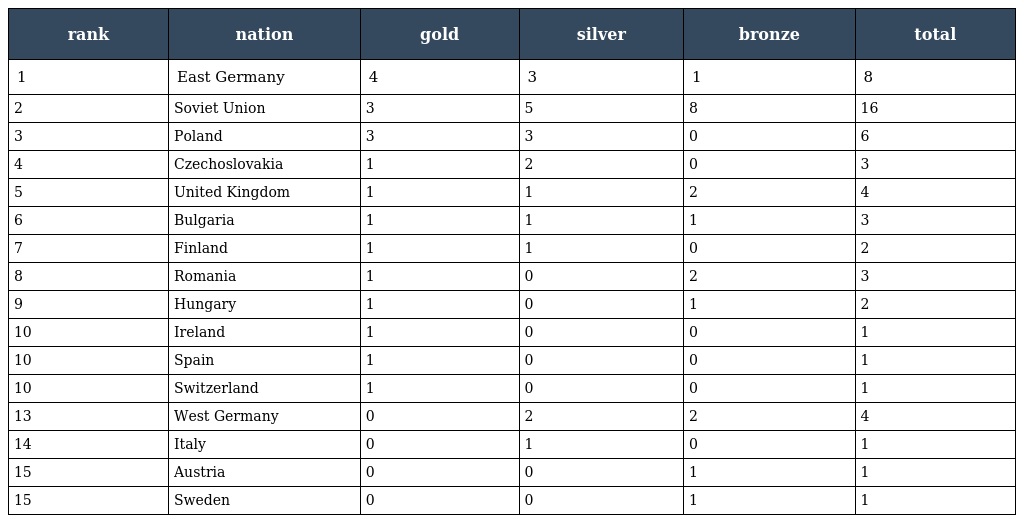
| rank | nation | gold | silver | bronze | total |
 | --- | --- | --- | --- | --- | --- |
 | 1 | East Germany | 4 | 3 | 1 | 8 |
 | 2 | Soviet Union | 3 | 5 | 8 | 16 |
 | 3 | Poland | 3 | 3 | 0 | 6 |
 | 4 | Czechoslovakia | 1 | 2 | 0 | 3 |
 | 5 | United Kingdom | 1 | 1 | 2 | 4 |
 | 6 | Bulgaria | 1 | 1 | 1 | 3 |
 | 7 | Finland | 1 | 1 | 0 | 2 |
 | 8 | Romania | 1 | 0 | 2 | 3 |
 | 9 | Hungary | 1 | 0 | 1 | 2 |
 | 10 | Ireland | 1 | 0 | 0 | 1 |
 | 10 | Spain | 1 | 0 | 0 | 1 |
 | 10 | Switzerland | 1 | 0 | 0 | 1 |
 | 13 | West Germany | 0 | 2 | 2 | 4 |
 | 14 | Italy | 0 | 1 | 0 | 1 |
 | 15 | Austria | 0 | 0 | 1 | 1 |
 | 15 | Sweden | 0 | 0 | 1 | 1 |